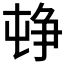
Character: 𡴣